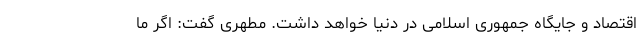
اقتصاد و جایگاه جمهوری اسلامی در دنیا خواهد داشت. مطهری گفت: اگر ما